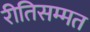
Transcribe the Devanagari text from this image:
रीतिसम्मत